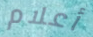
أعلام